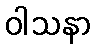
ဝါသနာ